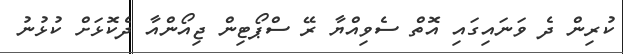
ކުރިން ދެ ވަނައިގައި އޮތް ސެވިއްޔާ ރޭ ސްޕޯޓިން ޖިއޯންއާ ދެކޮޅަށް ކުޅުނު